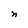
Character: n